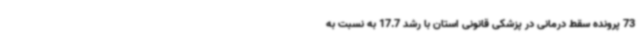
73 پرونده سقط درمانی در پزشکی قانونی استان با رشد 17.7 به نسبت به